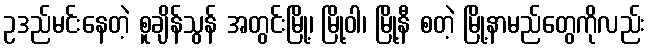
ဥဒည်မင်းနေတဲ့ စူချိန်သွန် အတွင်းမြို့၊ မြို့ဝါ၊ မြို့နီ စတဲ့ မြို့နာမည်တွေကိုလည်း